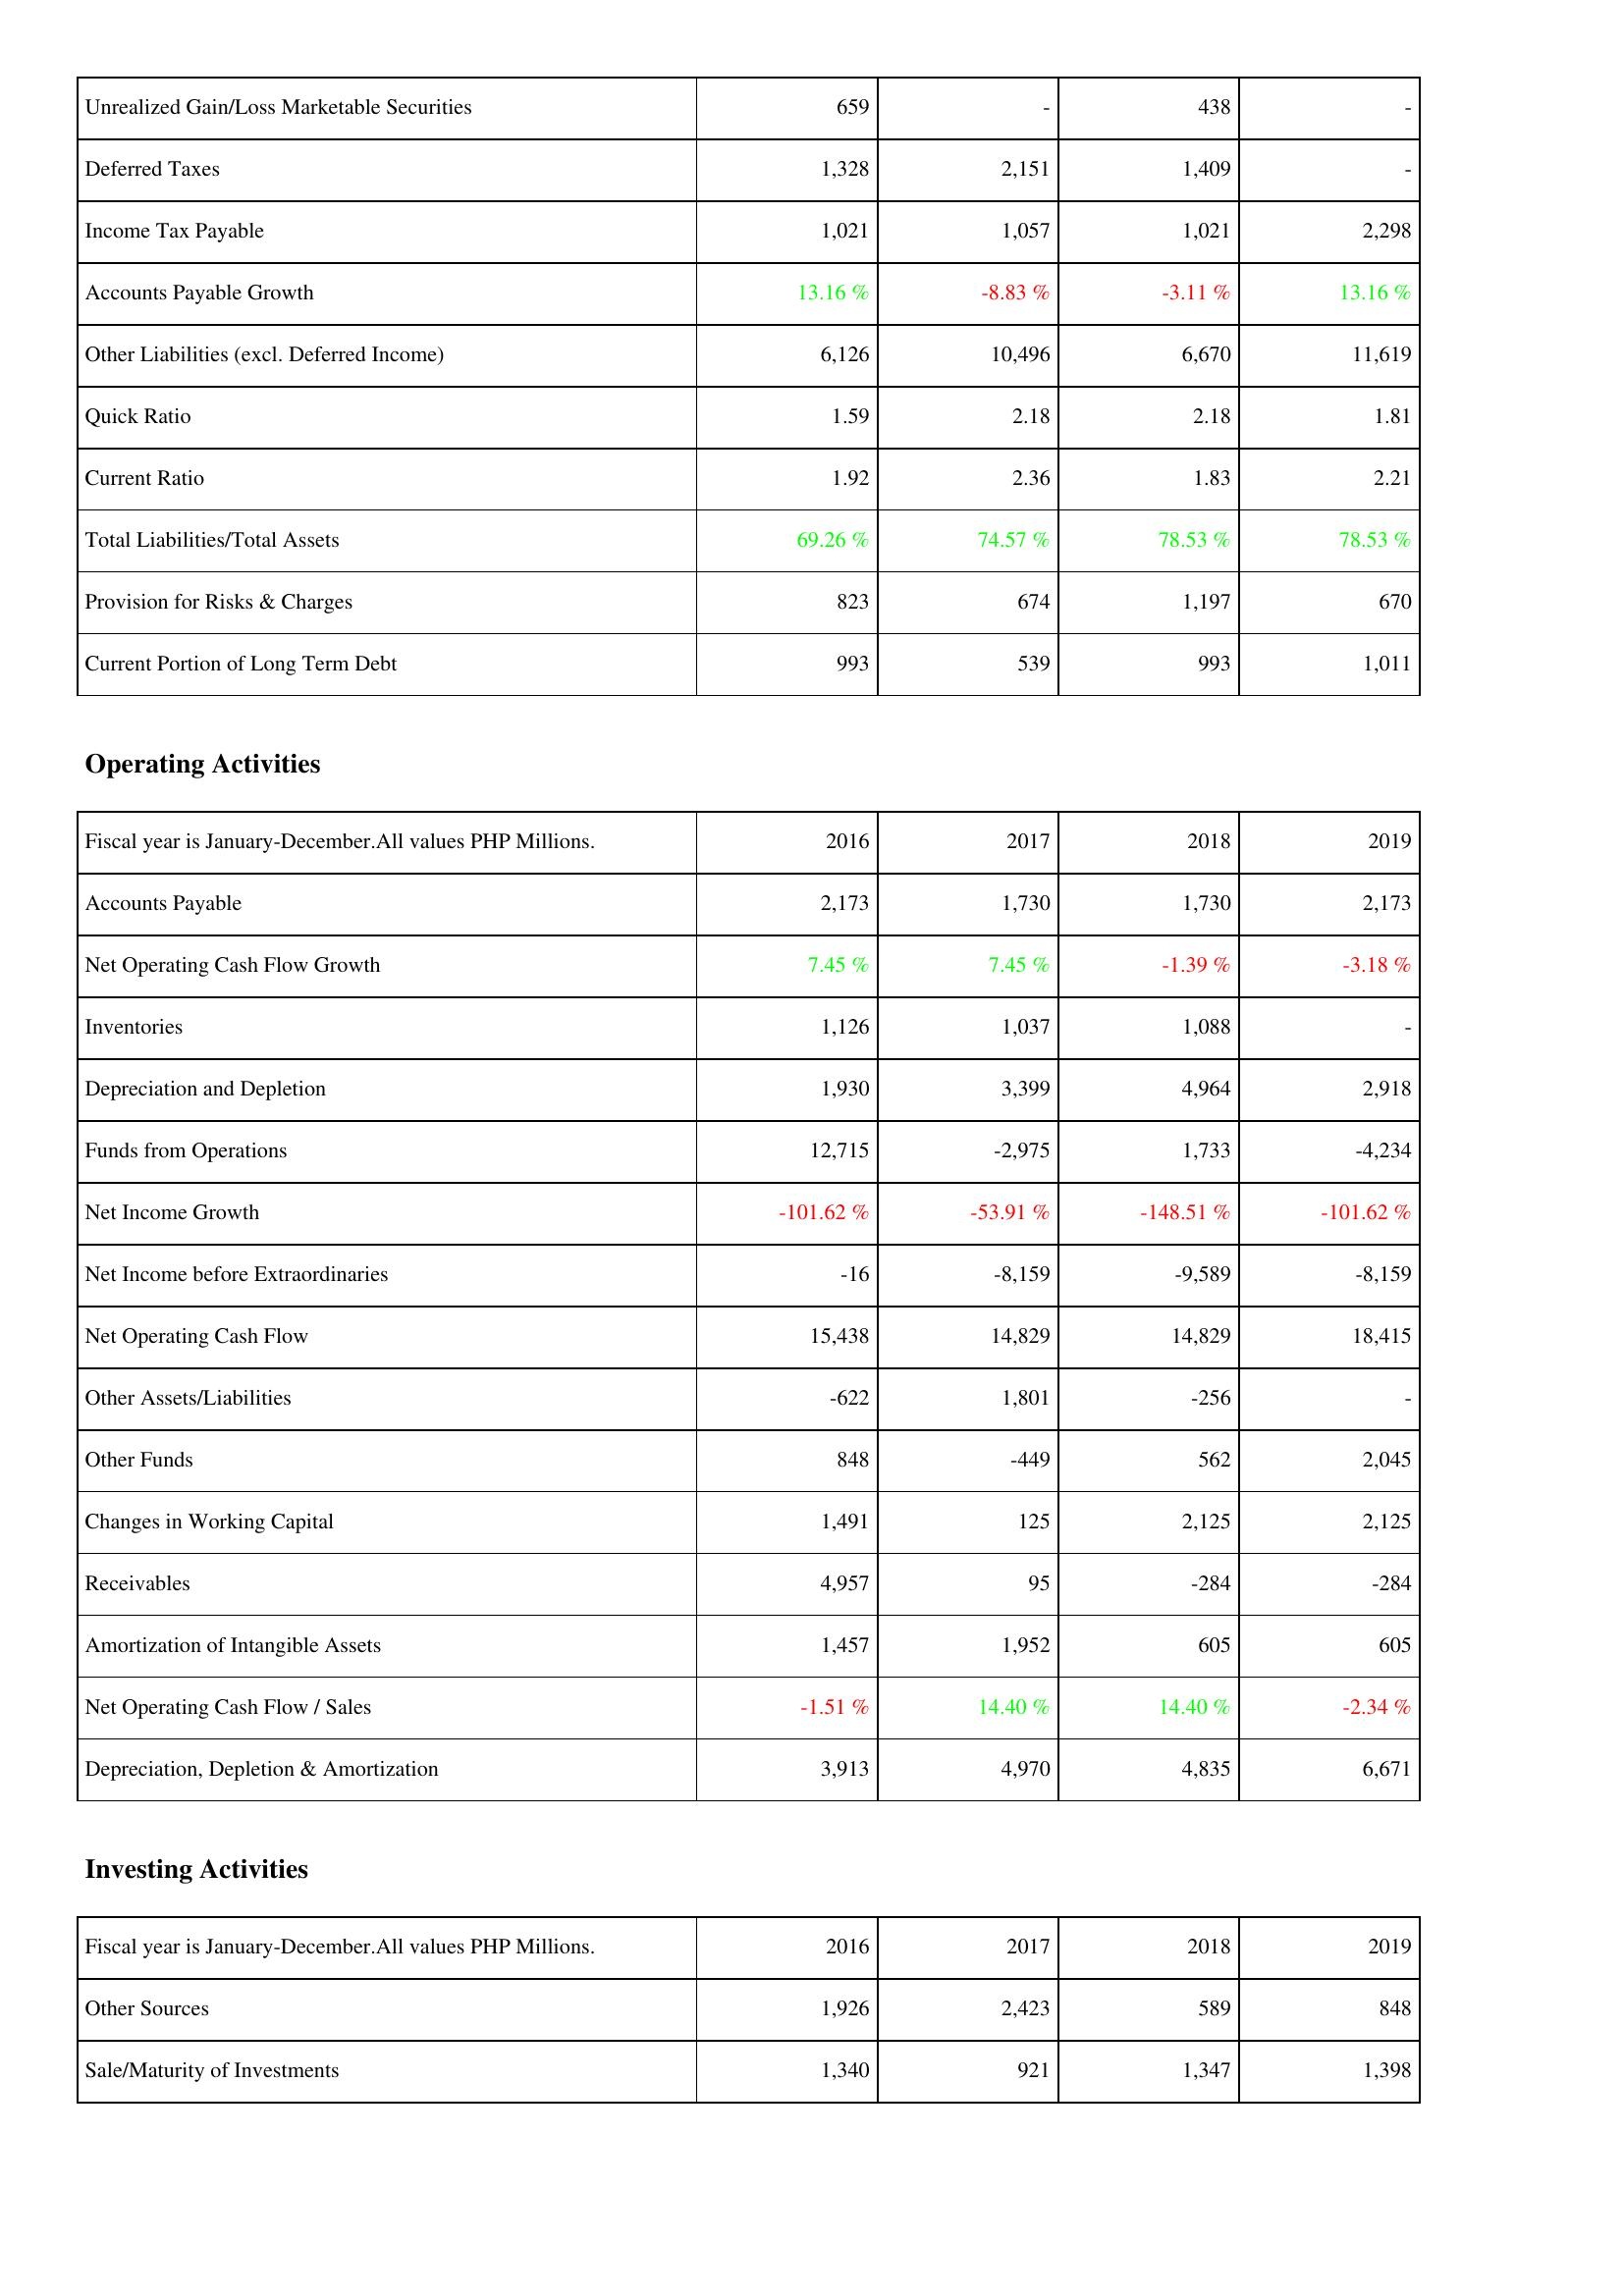
2016: Liabilities & Shareholders' Equity: Unrealized Gain/Loss Marketable Securities: 659
Deferred Taxes: 1,328
Income Tax Payable: 1,021
Accounts Payable Growth: 13.16 %
Other Liabilities (excl. Deferred Income): 6,126
Quick Ratio: 1.59
Current Ratio: 1.92
Total Liabilities/Total Assets: 69.26 %
Provision for Risks & Charges: 823
Current Portion of Long Term Debt: 993
Operating Activities: Accounts Payable: 2,173
Net Operating Cash Flow Growth: 7.45 %
Inventories: 1,126
Depreciation and Depletion: 1,930
Funds from Operations: 12,715
Net Income Growth: -101.62 %
Net Income before Extraordinaries: -16
Net Operating Cash Flow: 15,438
Other Assets/Liabilities: -622
Other Funds: 848
Changes in Working Capital: 1,491
Receivables: 4,957
Amortization of Intangible Assets: 1,457
Net Operating Cash Flow / Sales: -1.51 %
Depreciation, Depletion & Amortization: 3,913
Investing Activities: Other Sources: 1,926
Sale/Maturity of Investments: 1,340
2017: Liabilities & Shareholders' Equity: Unrealized Gain/Loss Marketable Securities: -
Deferred Taxes: 2,151
Income Tax Payable: 1,057
Accounts Payable Growth: -8.83 %
Other Liabilities (excl. Deferred Income): 10,496
Quick Ratio: 2.18
Current Ratio: 2.36
Total Liabilities/Total Assets: 74.57 %
Provision for Risks & Charges: 674
Current Portion of Long Term Debt: 539
Operating Activities: Accounts Payable: 1,730
Net Operating Cash Flow Growth: 7.45 %
Inventories: 1,037
Depreciation and Depletion: 3,399
Funds from Operations: -2,975
Net Income Growth: -53.91 %
Net Income before Extraordinaries: -8,159
Net Operating Cash Flow: 14,829
Other Assets/Liabilities: 1,801
Other Funds: -449
Changes in Working Capital: 125
Receivables: 95
Amortization of Intangible Assets: 1,952
Net Operating Cash Flow / Sales: 14.40 %
Depreciation, Depletion & Amortization: 4,970
Investing Activities: Other Sources: 2,423
Sale/Maturity of Investments: 921
2018: Liabilities & Shareholders' Equity: Unrealized Gain/Loss Marketable Securities: 438
Deferred Taxes: 1,409
Income Tax Payable: 1,021
Accounts Payable Growth: -3.11 %
Other Liabilities (excl. Deferred Income): 6,670
Quick Ratio: 2.18
Current Ratio: 1.83
Total Liabilities/Total Assets: 78.53 %
Provision for Risks & Charges: 1,197
Current Portion of Long Term Debt: 993
Operating Activities: Accounts Payable: 1,730
Net Operating Cash Flow Growth: -1.39 %
Inventories: 1,088
Depreciation and Depletion: 4,964
Funds from Operations: 1,733
Net Income Growth: -148.51 %
Net Income before Extraordinaries: -9,589
Net Operating Cash Flow: 14,829
Other Assets/Liabilities: -256
Other Funds: 562
Changes in Working Capital: 2,125
Receivables: -284
Amortization of Intangible Assets: 605
Net Operating Cash Flow / Sales: 14.40 %
Depreciation, Depletion & Amortization: 4,835
Investing Activities: Other Sources: 589
Sale/Maturity of Investments: 1,347
2019: Liabilities & Shareholders' Equity: Unrealized Gain/Loss Marketable Securities: -
Deferred Taxes: -
Income Tax Payable: 2,298
Accounts Payable Growth: 13.16 %
Other Liabilities (excl. Deferred Income): 11,619
Quick Ratio: 1.81
Current Ratio: 2.21
Total Liabilities/Total Assets: 78.53 %
Provision for Risks & Charges: 670
Current Portion of Long Term Debt: 1,011
Operating Activities: Accounts Payable: 2,173
Net Operating Cash Flow Growth: -3.18 %
Inventories: -
Depreciation and Depletion: 2,918
Funds from Operations: -4,234
Net Income Growth: -101.62 %
Net Income before Extraordinaries: -8,159
Net Operating Cash Flow: 18,415
Other Assets/Liabilities: -
Other Funds: 2,045
Changes in Working Capital: 2,125
Receivables: -284
Amortization of Intangible Assets: 605
Net Operating Cash Flow / Sales: -2.34 %
Depreciation, Depletion & Amortization: 6,671
Investing Activities: Other Sources: 848
Sale/Maturity of Investments: 1,398